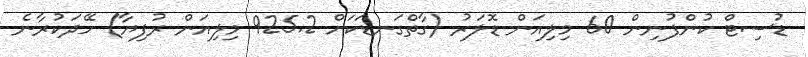
ޑުސިޓް ކުންފުނިން 60 މިލިއަން ޑޮލަރު (ގާތްގަނޑަކަށް 925.2 މިލިއަން ރުފިޔާ) ހޭދަކުރާނެ